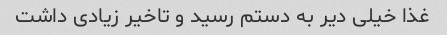
غذا خیلی دیر به دستم رسید و تاخیر زیادی داشت